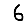
Digit: 6